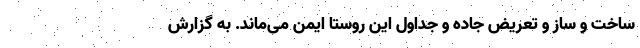
ساخت و ساز و تعریض جاده و جداول این روستا ایمن می‌ماند. به گزارش